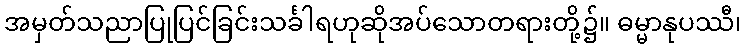
အမှတ်သညာပြုပြင်ခြင်းသင်္ခါရဟုဆိုအပ်သောတရားတို့၌။ ဓမ္မာနုပဿီ၊